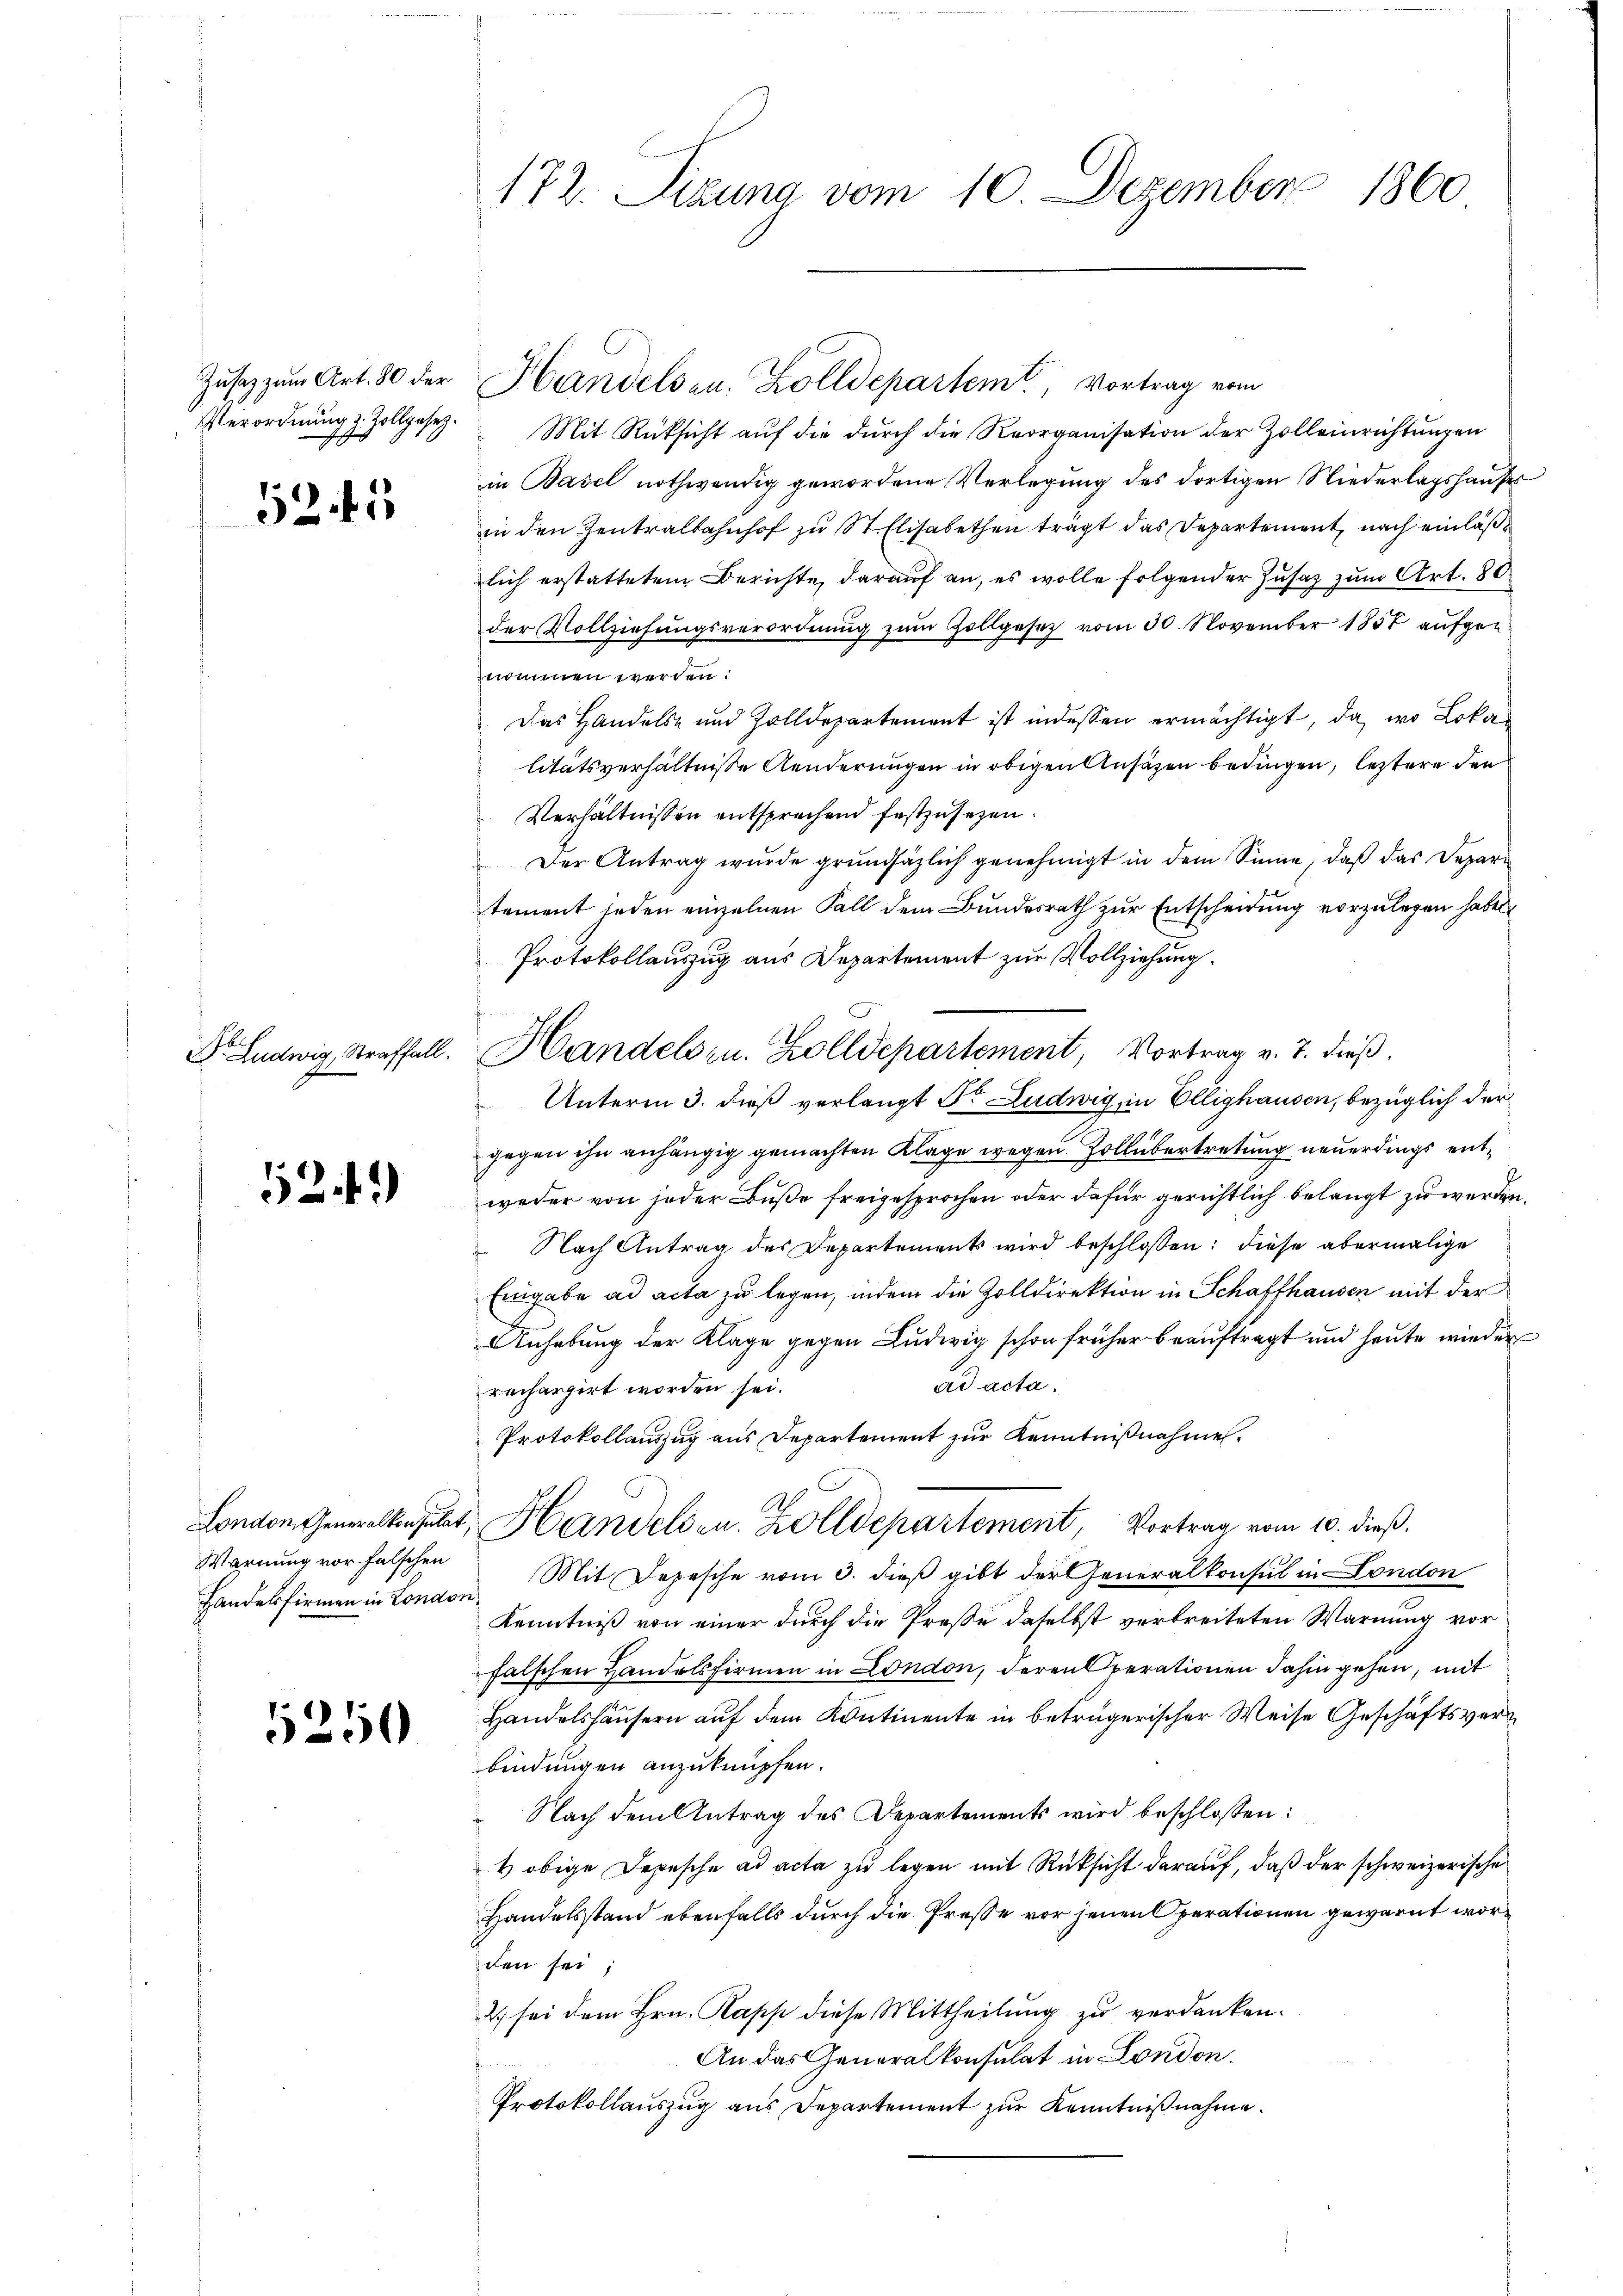
Zusatz zum Art. 80 der
Verordnung 2. Zollgesetz.
e

52. 5

Dr. Ludwig, Straffall.

5241)

Warnung vor falschen
Handelsfirmen in London

1250

172. Sizung vom 10. Dezember 1860

Mit Rüksicht aŭf die dŭrch die Reorganisation der Zolleinrichtungen
in Basel nothwendig gewordene Verlegung des dortigen Niederlagshauses
in den Zentralbahnhof zu St. Elisabethen trägt das Departement, nach einläße
lich erstatteten Berichte, darauf an, es wolle folgender Zusaz zum Art. 80
der Vollziehungsverordnung zŭm Zollgesetz vom 30. November 1857 aufgenommen werden.
Das Handels- und Zolldepartement ist indessen ermächtigt, da wo Loka
litätsverhältnisse Aenderungen in obigen Ansäzen bedingen, letztere den
Verhältnissen entsprechend festzusehen.
Der Antrag wurde grundsäzlich genehmigt in dem Sinne, daß das Departement jeden einzelnen Fall dem Bundesrath zur Entscheidung vorzulegen haben
Protokollauszug aus Departement zur Vollziehung.
Unterm 3. dieß verlangt Dr. Ludwig, in Ellighausen, bezüglich der
gegen ihn anhängig gemachten Klage wegen Zollübertretung neuerdings entweder von jeder Buße freigesprochen oder dafür gerichtlich belangt zu werden
Nach Antrag des Departements wird beschlossen: diese abermalige
Eingabe ad acta zu legen, indem die Zolldirektion in Schaffhausen mit der
Anhebung der Klage gegen Ludwig schon früher beauftragt und heute wieder
ad acta.
rechargirt worden sei.
Protokollauszug aus Departement zur Kenntnißnahmen.
Ab
London Generalkonsulat, Handelden. Zolldepartement, Vortrag vom 10. dieß.
Mit Depesche vom 3. dieß gibt der Generalkonsul in London
Kenntniß von einer durch die Preße daselbst verbreiteten Warnung vor
falschen Handelsfirmen in London, deren Operationen dahin gehen, mit
Handelshäusern auf dem Kontinente in betrügerischer Weise Geschäftsver
bindungen anzuknüpfen.
Nach dem Antrag des Departements wird beschlossen:
4 obige Depesche ad acta zu legen mit Rücksicht darauf, daß der schweizerische
Handelsstand ebenfalls durch die Preße vor jenen Operationen gewarnt worden sei
2.) sei dem Hrn. Papp diese Mittheilung zu verdanken.
An das Generalkonsulat in London.
Protokollauszug aus Departement zur Kenntnißnahme.

Handels zu. Zolldepartement, Vortrag v. 7. dieß.

Handelsen. Zolldepartem Vortrag vom